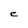
Character: e